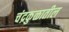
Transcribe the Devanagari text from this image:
चंद्रकुळातील